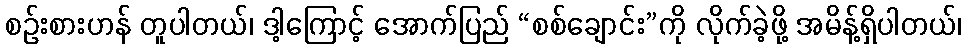
စဉ်းစားဟန် တူပါတယ်၊ ဒါ့ကြောင့် အောက်ပြည် “စစ်ချောင်း”ကို လိုက်ခဲ့ဖို့ အမိန့်ရှိပါတယ်၊